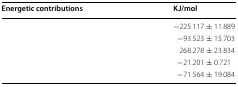
<table><thead><tr><td><b>Energetic contributions</b></td><td><b>KJ/mol</b></td></tr></thead><tbody><tr><td>[EMPTY_CELL]</td><td>−225.117 ± 11.889</td></tr><tr><td>[EMPTY_CELL]</td><td>−93.523 ± 15.703</td></tr><tr><td>[EMPTY_CELL]</td><td>268.278 ± 23.834</td></tr><tr><td>[EMPTY_CELL]</td><td>−21.201 ± 0.721</td></tr><tr><td>[EMPTY_CELL]</td><td>−71.564 ± 19.084</td></tr></tbody></table>